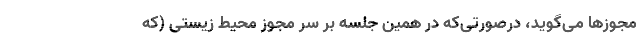
مجوزها می‌گوید، درصورتی‌که در همین جلسه بر سر مجوز محیط زیستی (که